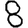
Digit: 8